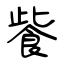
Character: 飺